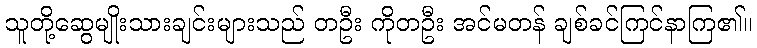
သူတို့ဆွေမျိုးသားချင်းများသည် တဦး ကိုတဦး အင်မတန် ချစ်ခင်ကြင်နာကြ၏။